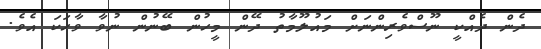
ދެން ދެއްކީ ނޫސްވެރިންނަށް މައުލޫމާތު ދޭން މީހުން ބޭނުން ނުވާ ވާހަކަ އެވެ.